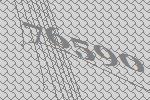
76590